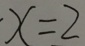
x = 2